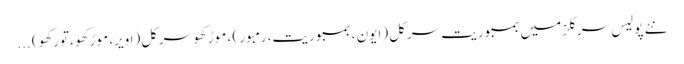
نئے پولیس سرکلزمیں بمبوریت سرکل (ایون ، بمبوریت، رمبور ) ، موڑکھو سرکل(اویر، موڑکھو ، تورکھو) ...